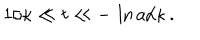
\: 1 / \kappa \ll t \ll - \, \ln a / \kappa \, . \: